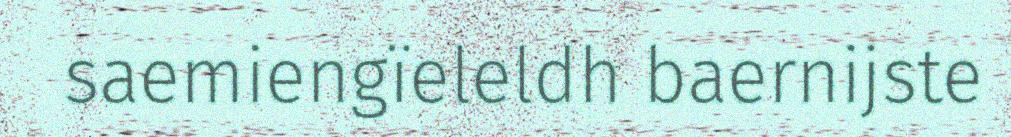
saemiengïeleldh baernijste